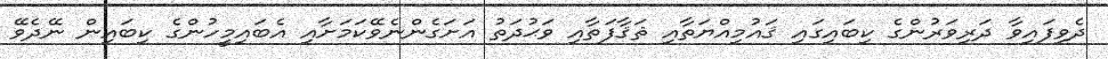
ދެވިފައިވާ ދަރިވަރުންގެ ކިބައިގައި ޤައުމިއްޔަތާއި ޘަޤާފަތާއި ވަޙުދަތު އަށަގެންނެވޭކަމަށާއި އެބައިމީހުންގެ ކިބައިން ނޭދެވޭ